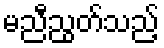
မညီညွတ်သည့်